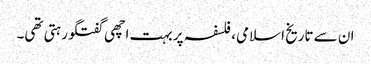
ان سے تاریخ اسلامی، فلسفہ پر بہت اچھی گفتگو رہتی تھی۔